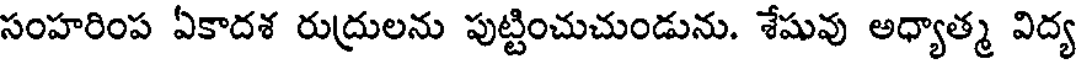
సంహరింప ఏకాదశ రుద్రులను పుట్టించుచుండును. శేషువు అధ్యాత్మ విద్య